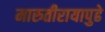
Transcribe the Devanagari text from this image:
मारुतीरायापुढे